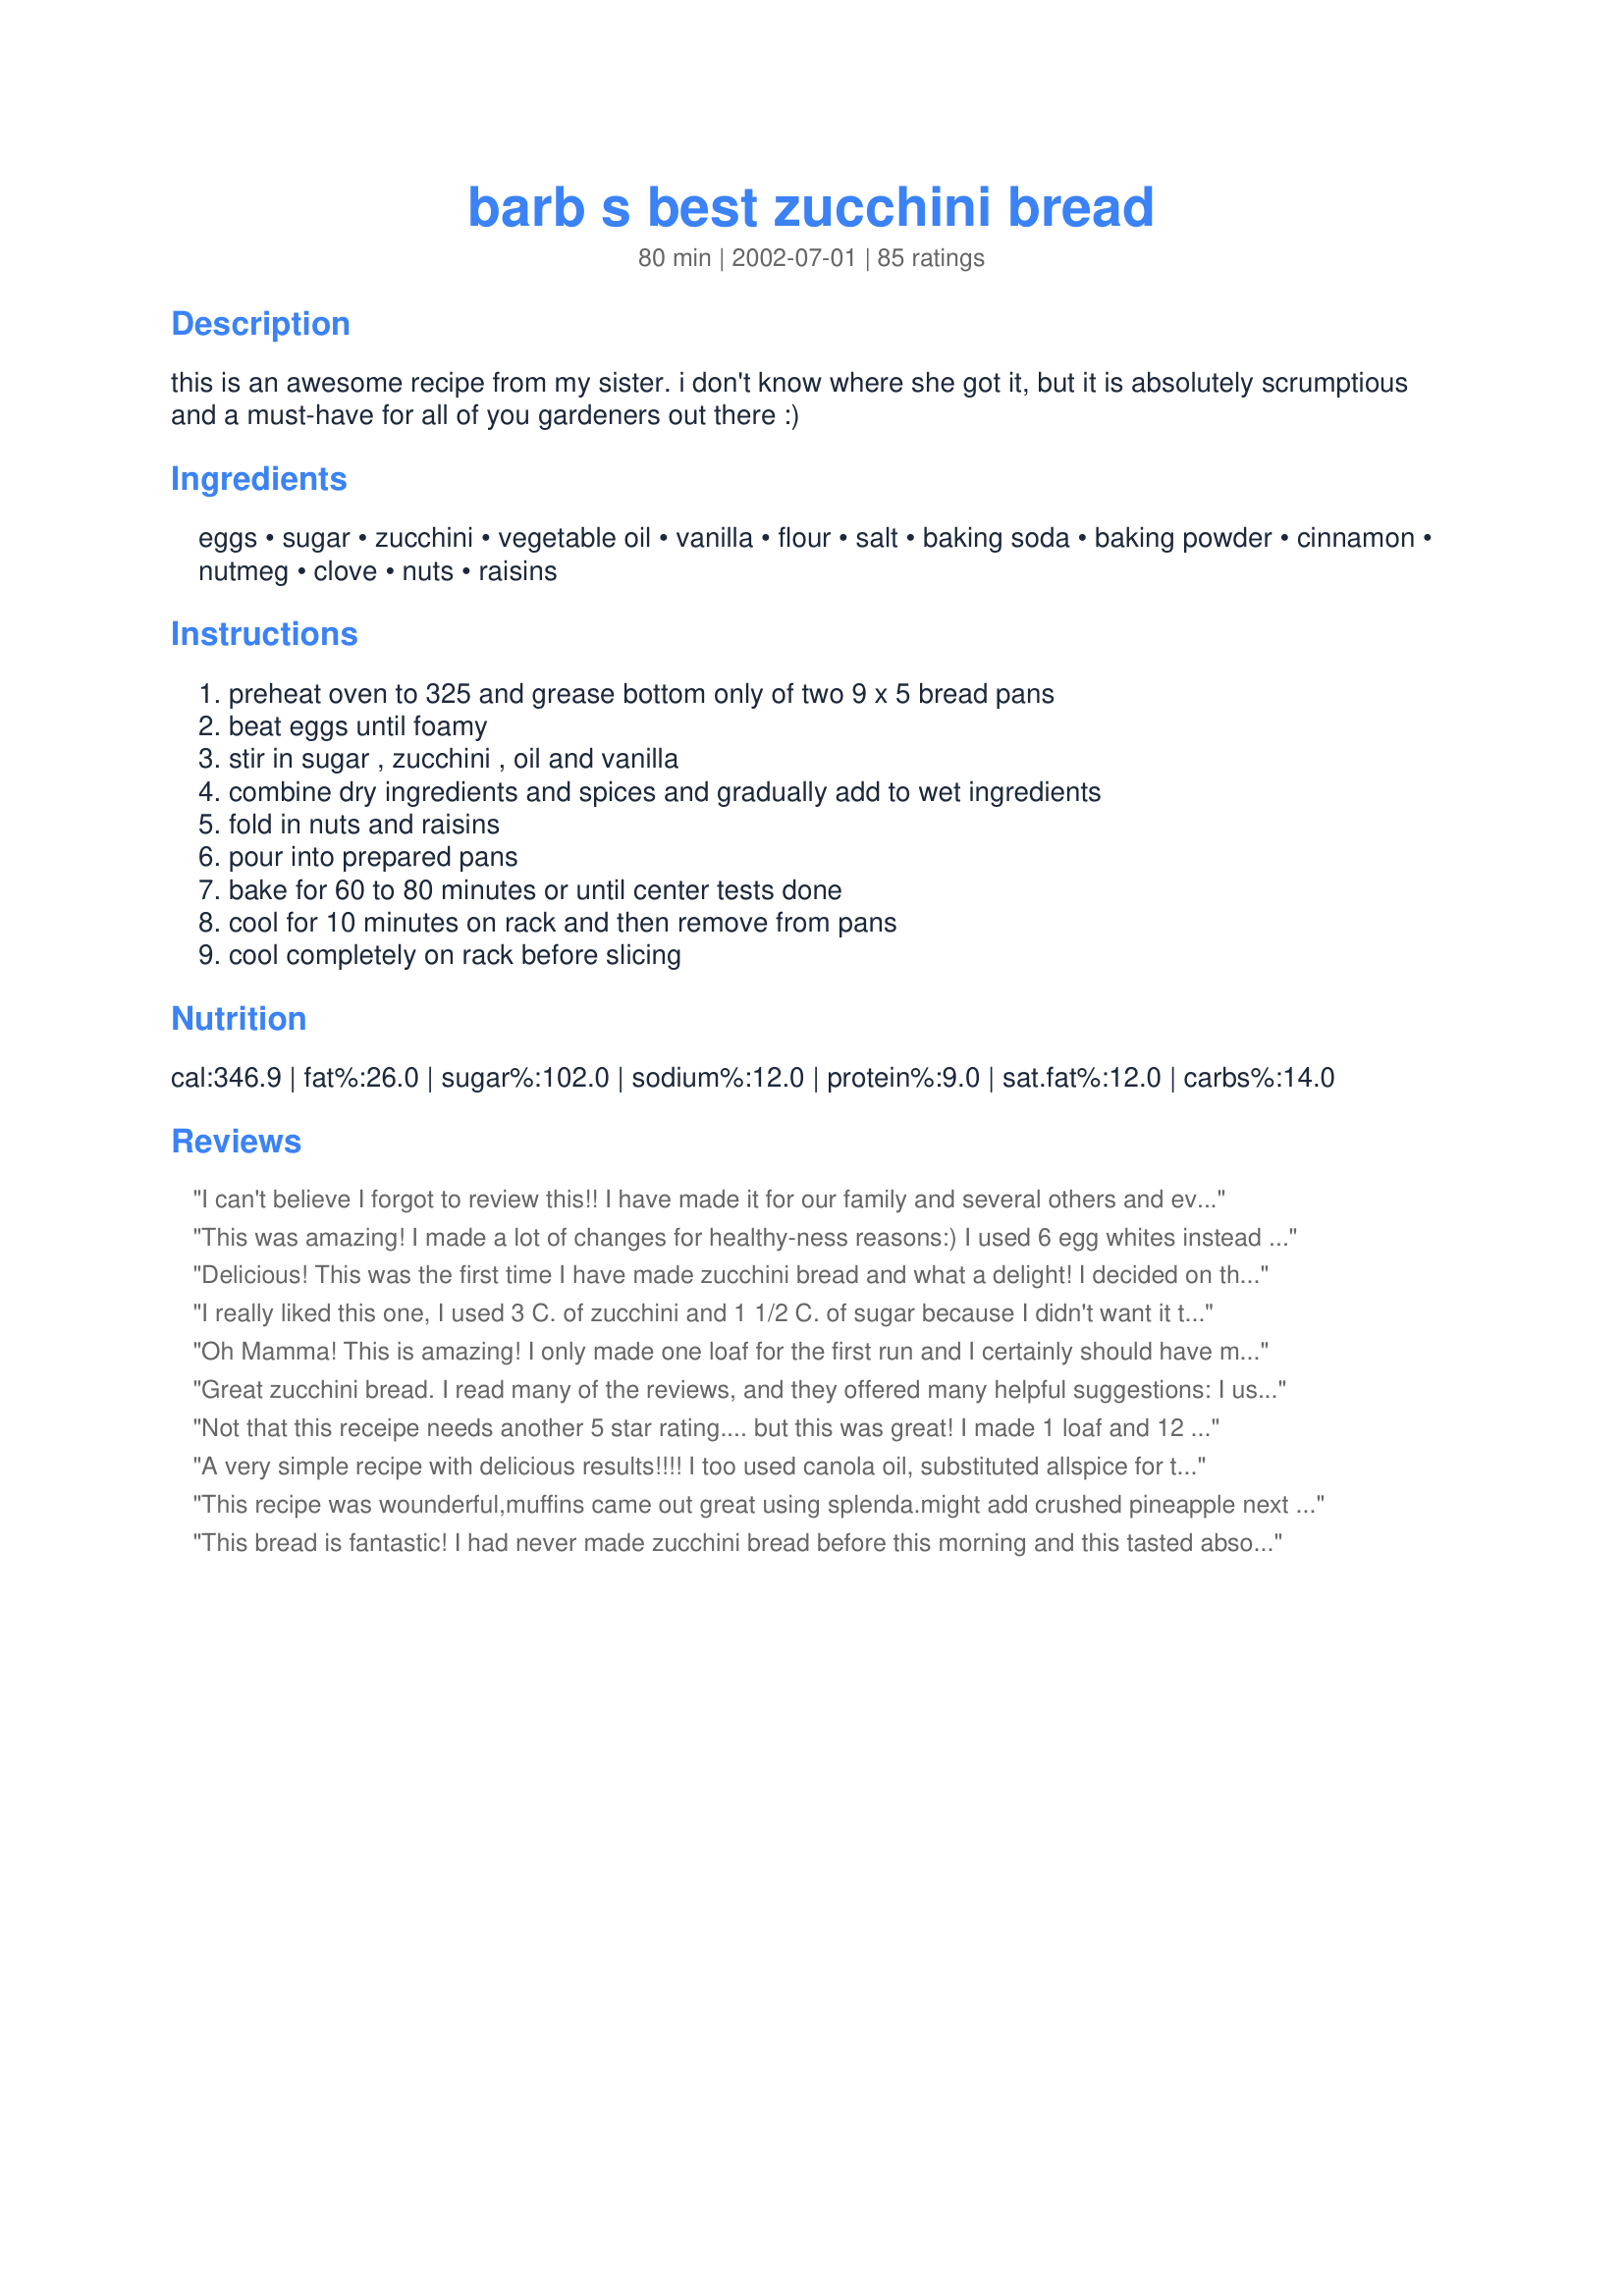
barb s best zucchini bread
Preparation time: 80 minutes

this is an awesome recipe from my sister. i don't know where she got it, but it is absolutely scrumptious and a must-have for all of you gardeners out there :)

Ingredients:
eggs, sugar, zucchini, vegetable oil, vanilla, flour, salt, baking soda, baking powder, cinnamon, nutmeg, clove, nuts, raisins

Steps:
preheat oven to 325 and grease bottom only of two 9 x 5 bread pans, beat eggs until foamy, stir in sugar , zucchini , oil and vanilla, combine dry ingredients and spices and gradually add to wet ingredients, fold in nuts and raisins, pour into prepared pans, bake for 60 to 80 minutes or until center tests done, cool for 10 minutes on rack and then remove from pans, cool completely on rack before slicing

Reviews:
I can't believe I forgot to review this!! I have made it for our family and several others and everyone loves it!!! I was asking my husband to get me some zucchini from the garden for dinner and he told me not to waiste it...he wanted it all for this bread. Great recipe...thanks for posting!
This was amazing! I made a lot of changes for healthy-ness reasons:) I used 6 egg whites instead of 3 eggs, 1 cup of sugar instead of two cups, 1 cup no sugar added applesauce, used 2 3/4 cups of whole wheat pastry flour, and only added cinnamon (I was out of everything else) and nuts. I baked at 350 for about 15-20 minutes in a square pan. I will probably add another half cup of apple sauce, as I like my cake super moist:)
Delicious! This was the first time I have made zucchini bread and what a delight! I decided on this recipe because of the nutmeg and cloves- and they definitely added something special to this bread. It was nice and moist the first day and seemed to retain that moistness for several days afterwards. The only changes I made were to up the spices a little bit ( I have generic spices and they aren't as strong), omitted the nuts and I liberally sprinkled the entire top of the loaf with a cinnamon sugar mixture. It baked up with a nice crunchy top. I have a rather large loaf pan so it only took one loaf pan to fit it all of the batter and took the better part of the cooking time- but it sure did make a beautiful large zucchini bread. I am making this again tomorrow. It really is *that* good. Thanks!!
I really liked this one, I used 3 C. of zucchini and 1 1/2 C. of sugar because I didn't want it to be too sweet but I think that after increasing the zucchini the 2 C. of sugar called for wouldn't actually be bad at all. I still liked the finished product regardless. Very moist and a great way to use all those many zucchini from the garden. Will make again for sure.
Oh Mamma! This is amazing! I only made one loaf for the first run and I certainly should have made two. The only thing I changed was allspice instead of just cloves and I didn&#039;t have any nuts ;) This is outrageous and my husband doesn&#039;t even like dessert (?!?!) and wanted a third piece after dinner. Huge hit, thanks for posting!!!
Great zucchini bread. I read many of the reviews, and they offered many helpful suggestions: I used 3/4 cup oil, 2 cups all-purpose flour and 1 cup whole wheat flour, 1 3/4 cup sugar (1 cup was brown, packed), I didn't drain the zucchini (which was grated). I made 3-7 1/2x3 3/4 loaves at 350 degrees for 46 minutes. The house smelled lovely, and I am giving one to my mom when I go over later. I'm glad I tried this, thanks.
Not that this receipe needs another 5 star rating.... but this was great! I made 1 loaf and 12 muffins, since i only had one loaf pan. The muffins were done in about 30 minutes. I didn't have any clove, so I added a bit more cinnamon and nutmeg. I also used 1/2 cup oil/ 1/'2 cup applesauce. I added nuts, but not raisins since I'm not a fan.
A very simple recipe with delicious results!!!! I too used canola oil, substituted allspice for the cloves, added pecans and didn't use raisens. Very moist and a good way to use your zucchinis. I will definately be keeping this recipe handy during the zucchini season!!!! Thanks for another great recipe Karen!!
This recipe was wounderful,muffins came out great using splenda.might add crushed pineapple next time to make them more moist. I made texas muffins. thanks for recipe
This bread is fantastic! I had never made zucchini bread before this morning and this tasted absolutely delicious. I used both the raisins and walnuts in the recipe so it had some crunch (and some chew!), which I love in a bread. I will definitely be making this again!
Very tasty zucchini bread. We all loved it. Thanks for posting.
We enjoyed this subtly sweet and moist bread. It turned out great. The only change that I made was that I omitted the cloves.
This was perfect. Thanks for sharing.
So comforting! DH and I whipped this bread up today with an extra large zucchini we got from the farmers mkt. Very quick, baked up right at 60 minutes. The crust was a bit hard, so I worried about the inside, but slathered with butter, it was very tasty and I really liked the addition of cinnamon and the baking spice that I subbed for the other spices. Will make again!
The taste was great. It was a bit dry, so I won't bake it as long next time. And I'll probably add a little more zucchini.
very solid, dependable recipe. I have found that turning the oven down a smidgen and leaving it in a bit longer keeps the edges and bottom from getting too dark, but that may just be my oven. I added a handful of huckleberries to the last batch, very tasty. there is never any of this bread left to languish with the leftovers.
very good bread, I used raisins, (no nuts in the house to be found). Will keep this recipe :)
Anything that all three of my kids rave about gets 5 stars from me!!! This was delicious warm slathered with butter, mmmmmm! I doubled with no problems except that it barely fit in my mixer. I also reduced the nutmeg, skipped the cloves & sprinkled with cinnamon & sugar before baking (we like things sweet & it made a yummy crispy topping). Thanks Karen, this will replace my old recipe!
This is delicious!
Had a similar recipe a few years ago and had misplaced it, now I have this!
I used Canola oil, 3 medium zucchini made the 2 cups asked for, and I added the raisins also used walnuts.
Thank you so much!
Great Zucchini bread! Easy to make and very moist with nice even tops and no cracks on the top the loaves. I baked them for 70 minutes. Wonderful for gift giving. Will be making this recipe again. Thanks for posting it.
I had lots of zucchini coming out of the garden and decided to make your zucchini bread and it turned out great, it's got to be the best I tried. Thank you Karen.
I thought this was tasty but I added more nutmeg and cinnamon (too much nutmeg actually). I also substituded applesauce for the oil and it was still really moist. Great recipe...thanks!!!
This was great. I made 2 batches. Though the first batch i kinda messed up, i put the sugar in with the flour instead of mixing with eggs first. Mix was not runny at all in fact it was crumbly, so i put a cup of water in mix. Came out fine.Second batch i actually read the diections and it turned out perfect. Didnt put nuts in though, i had some in freezer, but after tasting them i think they were a bit freezer burnt. Thank you for a yummy recipe.
My mother gave me this recipe, and I have been using it for years. I make it in 3 aluminum loaf pans. The original recipe came from the 1979 Pillsbury Kitchens' Family Cookbook. 
P.S.This bread, after baked, freezes well.
Absolutely the best! I have tried many different recipes and this one is my fav!
This has the potential to be excellent ... the flavors are spot on, but it was very dry and I followed the recipe to a T. Next time, I will try adding more zucchini, and I will only bake it for 60 minutes.
This simply has got to be the best recipe for this I have ever used. Initially, I thought that the spices may be too strong, but they were perfect. This is a fool proof recipe. Dump all your wet ingredients in your mixer bowl (zucchini too), mix on high until frothy, measure out all dry ingredients in a bowl, give it a stir or two, dump all at once in with the wet mixture. Mix again on fairly high speed until incorporated, fold in Nuts/Raisins. I altered no ingredients, and it was perfect. I started checking for doneness at 60 minutes and found it perfectly baked. I will also try this with carrots..I am sure it will be just as good.
My 2 loaves turned our perfect! Easy to make.
This was realllllllllllly yummy!!! I didnt add nuts to it, but did add the raisins.
I LOVE BREAD, and I make a zucchini bread similar to this recipe...and I make it QUITE OFTEN, but I thought I would give this one a try since it had HIGH reviews... and I have to admit I like it just about as much as I like my own!! Thanks for the wonderful recipe. I will be making this again :-)
I had made a loaf of this bread & one of the Zucchinni chocolate bread the other night. My husband (who does not like zucchini & gave me an "oh man" when he found out it was in both loafs). Just called me at work to tell me that he had just tried both breads & he liked them both but this one was the best out of the two! Two thumbs up from a non-zucchini eater!
After I made a loaf of banana bread BF started badgering me to make zucchini bread because the banana bread brought up memories of how much he likes zucchini bread. This reipe is the one we chose to make (although, we still have a bunch more zucchini, so we made have to try a couple others just to use them up).
Very tasty! I left out the nutmeg and lowered the other spices by about half (ie 1tsp cinnamon, 1/4 tsp cloves) but it is still nicely spiced. I also lowered the sugar to about 1 3/4 cups and the oil to about 3/4 cup. Still great and plenty sweet. Tasty, moist, easy bread. Thanks for posting.
I loved this recipe, I'd change my standard bread recipe for this, it was moist, fluffy and delicious. I'm going to use it for everything
Good, not too wet like most zucchini breads (thanks for the tip to drain out the shredded zucchini!). I only used 1.25 C sugar and it's still sweet enough. Next time I will probably double the amount of zucchini, since it seemed to disappear and become spice bread.
My kids and I made this a few weeks ago, minus the clove and raisins. It turned out very well. Any recipe that gets my picky kids to eat zucchini is automatically 5 stars*****! We made 3 small loaves, and they were all gone in 4 days. They ate it for breakfast, lunch, dinner and snacks. Now, they keep asking when are we going to make more bread. Thanks for the recipe!
really good!
Moist, delicious and not too spicy. I reduced the sugar to 1 1/2 cup. Thank you for your recipe.
My DD took this to school (5th grade) and shared during snack time. A couple of the BOYS asked for the recipe so they could give it to their mothers. Moms were thrilled that sons wanted something with zucchini in it! We love this recipe and it is asked for often. The flavor is fantastic just the way it is but sometimes I add cardamom or some finely chopped crystallized ginger. I usually don't add the nuts or raisins since my DS won't eat anything with "chuncks" in it.
Very tasty! I put the zucchini in the food processor to make the texture a bit smoother. I used half apple sauce and half oil to cut down on the fat. I also used 1/2 cup less sugar and used honey for half of the sugar. Reminds me of fall... such a comforting treat... thanks for the recipe!
I loved this!! I used Splenda and applesauce to make it low calorie, and wow this was good. :)
I thought I had reviewed recipe before but can't find my review so I just want to say this IS the best zucchini bread recipe out there ever!
Very Good, great flavor. Did not add nuts. (wasn't sure if I wanted them) Next time will add walnuts, and perhaps a bit of applesauce. I baked it in a tube pan. It fit perfectly. Sprinkled the top with mixture of brown sugar, cinnamon, flour, and a little COLD butter. Came out nice and crunchy. Thanks!
I got 4 zucchinis from the store for a good price and had to use them up. :) This was wonderful. I used 1/2 canola oil and 1/2 applesauce, natural. I used allspice in place of the cloves and didn't have any nuts or raisins. I also put a streusel topping on the breads - 1/3 c. brown and white sugar, 1 T. cinnamon, and 1 T. butter, melted. To make sure the top didn't brown too much, I put foil over the top during the last 10-15 minutes. It took about 70 minutes. This is a keeper!
Yum, Yum, Yum! This was excellent! I left out the nuts and raisins and had enough batter to make four mini loaves. I sprinkled the top with cinnamon sugar when it was almost done baking. I also drained the zucchini. Thanks!!!
Delicious! I made it in a bundt pan, and it turned out great. I also substituted applesauce for the oil and used freshly grated nutmeg and now am having trouble keeping the kids out of it!! I made it for a school event, and hope there will be some left to take :) Thanks for the recipe - I think the cloves and nutmeg are key!!
Good recipe, but it isn't the most flavourful.
I used chopped dates instead of raisins since we didn't have any. And I used 2 cups whole wheat flour and 1 cup AP flour. Oh, and I made them into muffins (cooked at 350 for 30 minutes)

They were awesome and the kids at the playdate gobbled them up :)
I also added 1 12ounce package of white chocolate chips, 2 cups of flaked coconut, and 1 1/2 cups of dried cherries. Amazing!!!
Yes! This bread is moist, tasty and easy. thank you
This is my all-time favorite zuchinni bread recipe. I've been using it for a couple years, and just realized I had never written a review! I never add the raisins or nuts, I like to add a little bit extra zuchinni if I can, and I only bake it for about an hour. It's always wonderful and my family inhales it :o)
Seriously THE BEST bread! Really simple to make too! I made one loaf and followed directions exactly and it turned out perfect. I used the other half of the batter for 12 muffins and cooked for 1/2 the time...around 45 mins or so - they also turned out beautifully!
I haven't made zucchini bread in a long time, but had a huge zucchini to use from my sister's garden. With that zucchini I doubled this recipe (making it in two separate batches at the same time), adding half a cup less of the flour and putting in half a cup of baking cocoa. With one batch I made 12 good sized muffins plus a heart shaped silicone baking dish and with the other batch I made two loaves, but they were kind of thin loaves, not sure if they're supposed to rise right up to the top of the pans or not but mine didn't. In any case, we've tried the muffins so far and were quite pleased.
This recipe is by far the best ever. This recipe makes the break very moist, full of flavor. I have searched many places for recipes, and have never had one this great. All of my boyfriends military buddies scarfed it down in minutes.
Awesome bread! I'm thinking I should have doubled the recipe and made 4 loaves because it's SO GOOD! Thanks for sharing!
I made this last Christmas for gifts and am making it again for friends who love Zucchini Bread. This recipe is great. The spices are perfect. I followed the recipe exactly. Thank you for a great bread recipe.
Delicious! Will make often.
This a great recipe. I will be making it again and again... I have lots of zucchini. Thanks for posting!
I made this exactly as written, and it turned out simply fantastic! I'll definitely be making more of this! Thanks for the recipe!
Everyone loved this bread and said it was the best zucchini bread they ever had. I have yet to try it personally, but going from everyone else's opinions, I'm giving this five stars!
Great taste! I made this for a BBQ and once it was discovered it vanished quick! The kids specially loved it! I doubled it and froze some for a quick breakfast addition.
The Best recipe for zucchini bread ever! I made 14 mini loaves and gave to family and friends. Now they are begging me to make more! This bread is so full of flavor and so... moist it's unbelievable! Thanks for posting it.
Seriously addicting. I've given this recipe out to all my gardening friends. It's moist, not too sweet and great texture. I did 3/4 cup applesauce, 1/4 cup oil, toasted pecans and extra raisens. Best zucchini bread I've ever made and ate!
Fantastic!!! I have made this several times and it turns out great each time. I also add 1 cup of coconut and sub applesauce for the oil.
This is a very easy, very tasty recipe. Thanks!
This is the very best zucchini bread recipe I've tried. I had an in home daycare and a lot of zucc.s So I made muffins and handed them out one morning to both parents and children alike. That evening, by request, I had to hand out the recipe as well! I like a little ginger in mine.
Excellent recipe! I had to substitute half of the oil with applesauce and unfortunately did not have nuts, it turned out great! I also made a little less than half of the batter mixed with about 1/8 cup of cocoa powder which was fantastic! Thank you for the recipe!
Awesome! I couldn't find the nutmeg and it was still great! Didn't add raisins or cloves, subbed 1/2 of the oil for cinnamon applesauce.
This recipe was a great success. I doubled the recipe and added extra zucchini. Do remember to drain the zucchini. My extra large zucchinis seemed to work best with this recipe as they have a milder taste (I had an absolutely massive zucchini and just removed the seeds). I made 2 regular loaves and 4 mini loaves. Gave them to many different family members all of which loved it and asked for the recipe. Even my finicky niece and nephew wolfed it down!
I love zucchini bread so i was excited to try this highly rated recipe. It turned out great! I shared a loaf with the in-laws who thought it was the greatest. I think next time i will try reducing the cloves and nutmeg, and add the raisins. Thanks for a great recipe, it's a keeper:)
OK. So I dont normally review recipes, but this one I just had to review. If you make it to a T, then your bread will be the BEST EVER zuxhinni bread. (given it has a ton of sugar) It is totally worth the calories! You have to try it.
Every year my husband walks in with an armload of zucchini and I head to look for Barb's Zucchini recipe. Have been making it every year for the past 4 that I can count. Great basic recipe. I mix it up by doing any of the following; over adding extra cups of zucchini, add chocolate chips, nuts, raisins and even coconut. Family gives me rave reviews. Thanks Barb!
Very good and very easy. I substituted half the oil with 1/2 C. applesauce. It has less fat, but all the moistness and flavor. YUM!!
Excellent! With an abundance of zucchini, this bread was a nice treat. I'll definitely be making this again! Thanks for the recipe. It's well written and easy to follow.
I had enough to make 4 loaves of this bread for a bake sale. I left the raisins and the nuts out of two of them. Only three are going to the bake sale, one is a taste tester. It is wonderful, the spices are perfect. I didnt measure the raisins, just dumped them in and I could have thrown in a few more. The loaf is 1/2 gone, everyone has had at least one big piece. Thanks Karen for a great recipe.
I followed exactly adding walnuts to both loaves and chocolate chips to one of them. I also substitued the oil for 1 cup of cinnamon applesauce. I let it cook for 60 minutes and it browned a bit to much to my liking on the top. The inside is still very moist though! I will definately make again, and will starting testing it at about 50 minutes.
We loved this one! I don&#039;t personally like nuts in bread, so I left those out but I added the raisins. I also added a lot more of each spice.
I have tried a lot of zucchini bread recipes over the years and my husband said this was the best one that I've ever made. It is truly AWESOME! I will make this again!
 Excellent and very moist. My family loved it!! I have more zucchini in the garden and we now know what to do with it.
Very tasty...would make again...and did. Put only 1 1/2 c of sugar...but was definitely sweet enough. Instead of raisins, put craisins. Loved the tart taste. We planted 5 zucchini/squash this year. Determined to NOT be wasteful. Making and sharing. This week EVERYTHING from main to dessert contained zucchini. I think DH is a little tired of it. But this was the only one he asked me to make again immediately. I'm seeing the bottom of the barrel...until I go out tomorrow morning. <grin> Thanks!
I had a zucchini to use up, so I decided to try this recipe. I'm so happy I did! It was moist and tasty, with a beautiful texture. Instead of raisins, I used currants, and I baked the bread for an hour. Thanks for posting this delicious recipe, Karen!
couldn't of found a better recipe. It was perfect. I loved the fact that it yielded two loafs. It's worth the effort for two. It was actully easy to make. I only used half cup of oil and put a half of cup of regualr apple sauce instead of the full 1 cup of oil. I'm a heart attack waiting to happen! Making these changes, the bread was awsome and so moist!!!! I'll stick to my changes. Thank you!! Just what I was looking for.
Just made this and it was just delicious. I've tried many zucchini bread recipes over the years but this one is the hands down best. I used even more cinnamon and the raisins are a great addition. Warmed with a little butter - what a treat.
What a fabulous recipe. Its so simple. I've never made zuchini bread before, and it tastes like I've been making it for years. It was gone in less than 24 hours!
This is GREAT! I've made it twice now and it works wonderfully for a meal replacement if you're on the go (with 2 under 2, that describes my life). Delicious and easy!
This recipe was okay. I'm a little disappointed because it came out somewhat dry and not very sweet. I added powdered sugar and butter to the top and it made it better but I could taste the oil which is not something I like. If I was to do it again, I would add more sugar, 1 more egg and use butter instead of oil.
My family members enjoyed and I received lots of compliments. The only change I made was that I made muffins instead of bread. I realized that I forgot to purchase bread pans and opted to try them as muffins. They took approximately 30 minutes to bake. Will definitely mak again.
